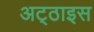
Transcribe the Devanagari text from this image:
अट्‌ठाइस